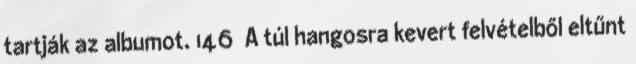
tartják az albumot. 146 A túl hangosra kevert felvételből eltűnt